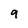
Character: 9